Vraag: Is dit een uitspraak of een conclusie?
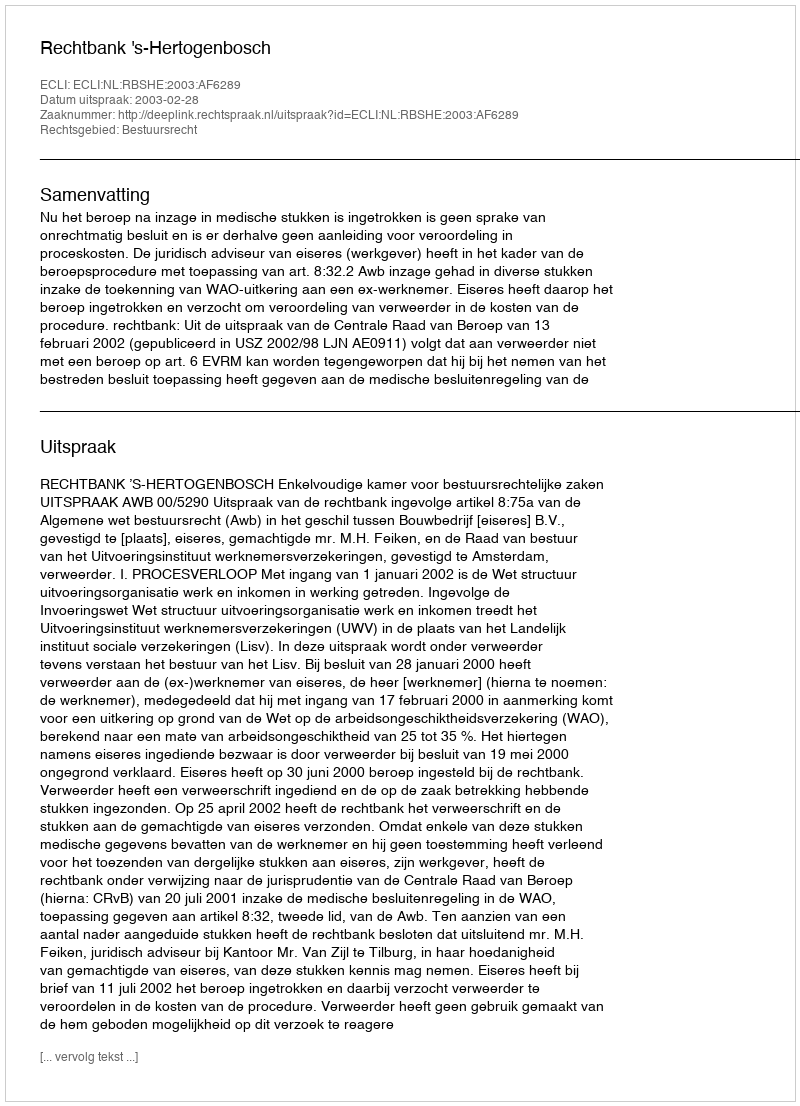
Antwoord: Uitspraak